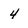
Character: 4